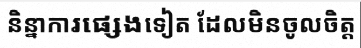
និន្នាការផ្សេងទៀត ដែលមិនចូលចិត្ត